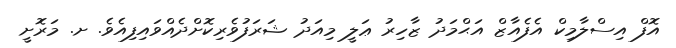
އޮފް އިސްލާމިކް އެފެއާޒް އަޙްމަދު ޒާހިރު ޢަލީ މިއަދު ޝަރަފުވެރިކޮށްދެއްވައިފިއެވެ. ށ. މަރޮށީ